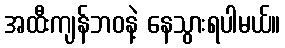
အထီးကျန်ဘဝနဲ့ နေသွားရပါမယ်။